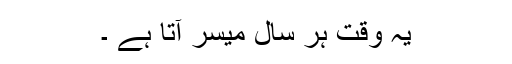
یہ وقت ہر سال میسر آتا ہے ۔